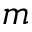
m